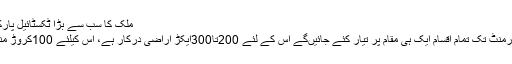
ملک کا سب سے بڑا ٹکسٹائیل پارک قائم کیا جائے گا،
یہاں پر کاٹن سے گارمنٹ تک تمام اقسام ایک ہی مقام پر تیار کئے جائیںگے اس کے لئے 200تا300ایکڑ اراضی درکار ہے، اس کیلئے 100کروڑ منظور کئے گئے ہیں۔